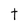
Character: t